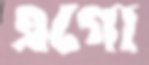
এগো